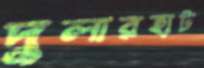
দুলারহাট